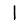
Digit: 1